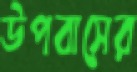
উপবাসের